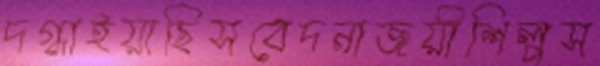
দগ্ধাইয়াছিসবেদনাজয়ীশিল্পস